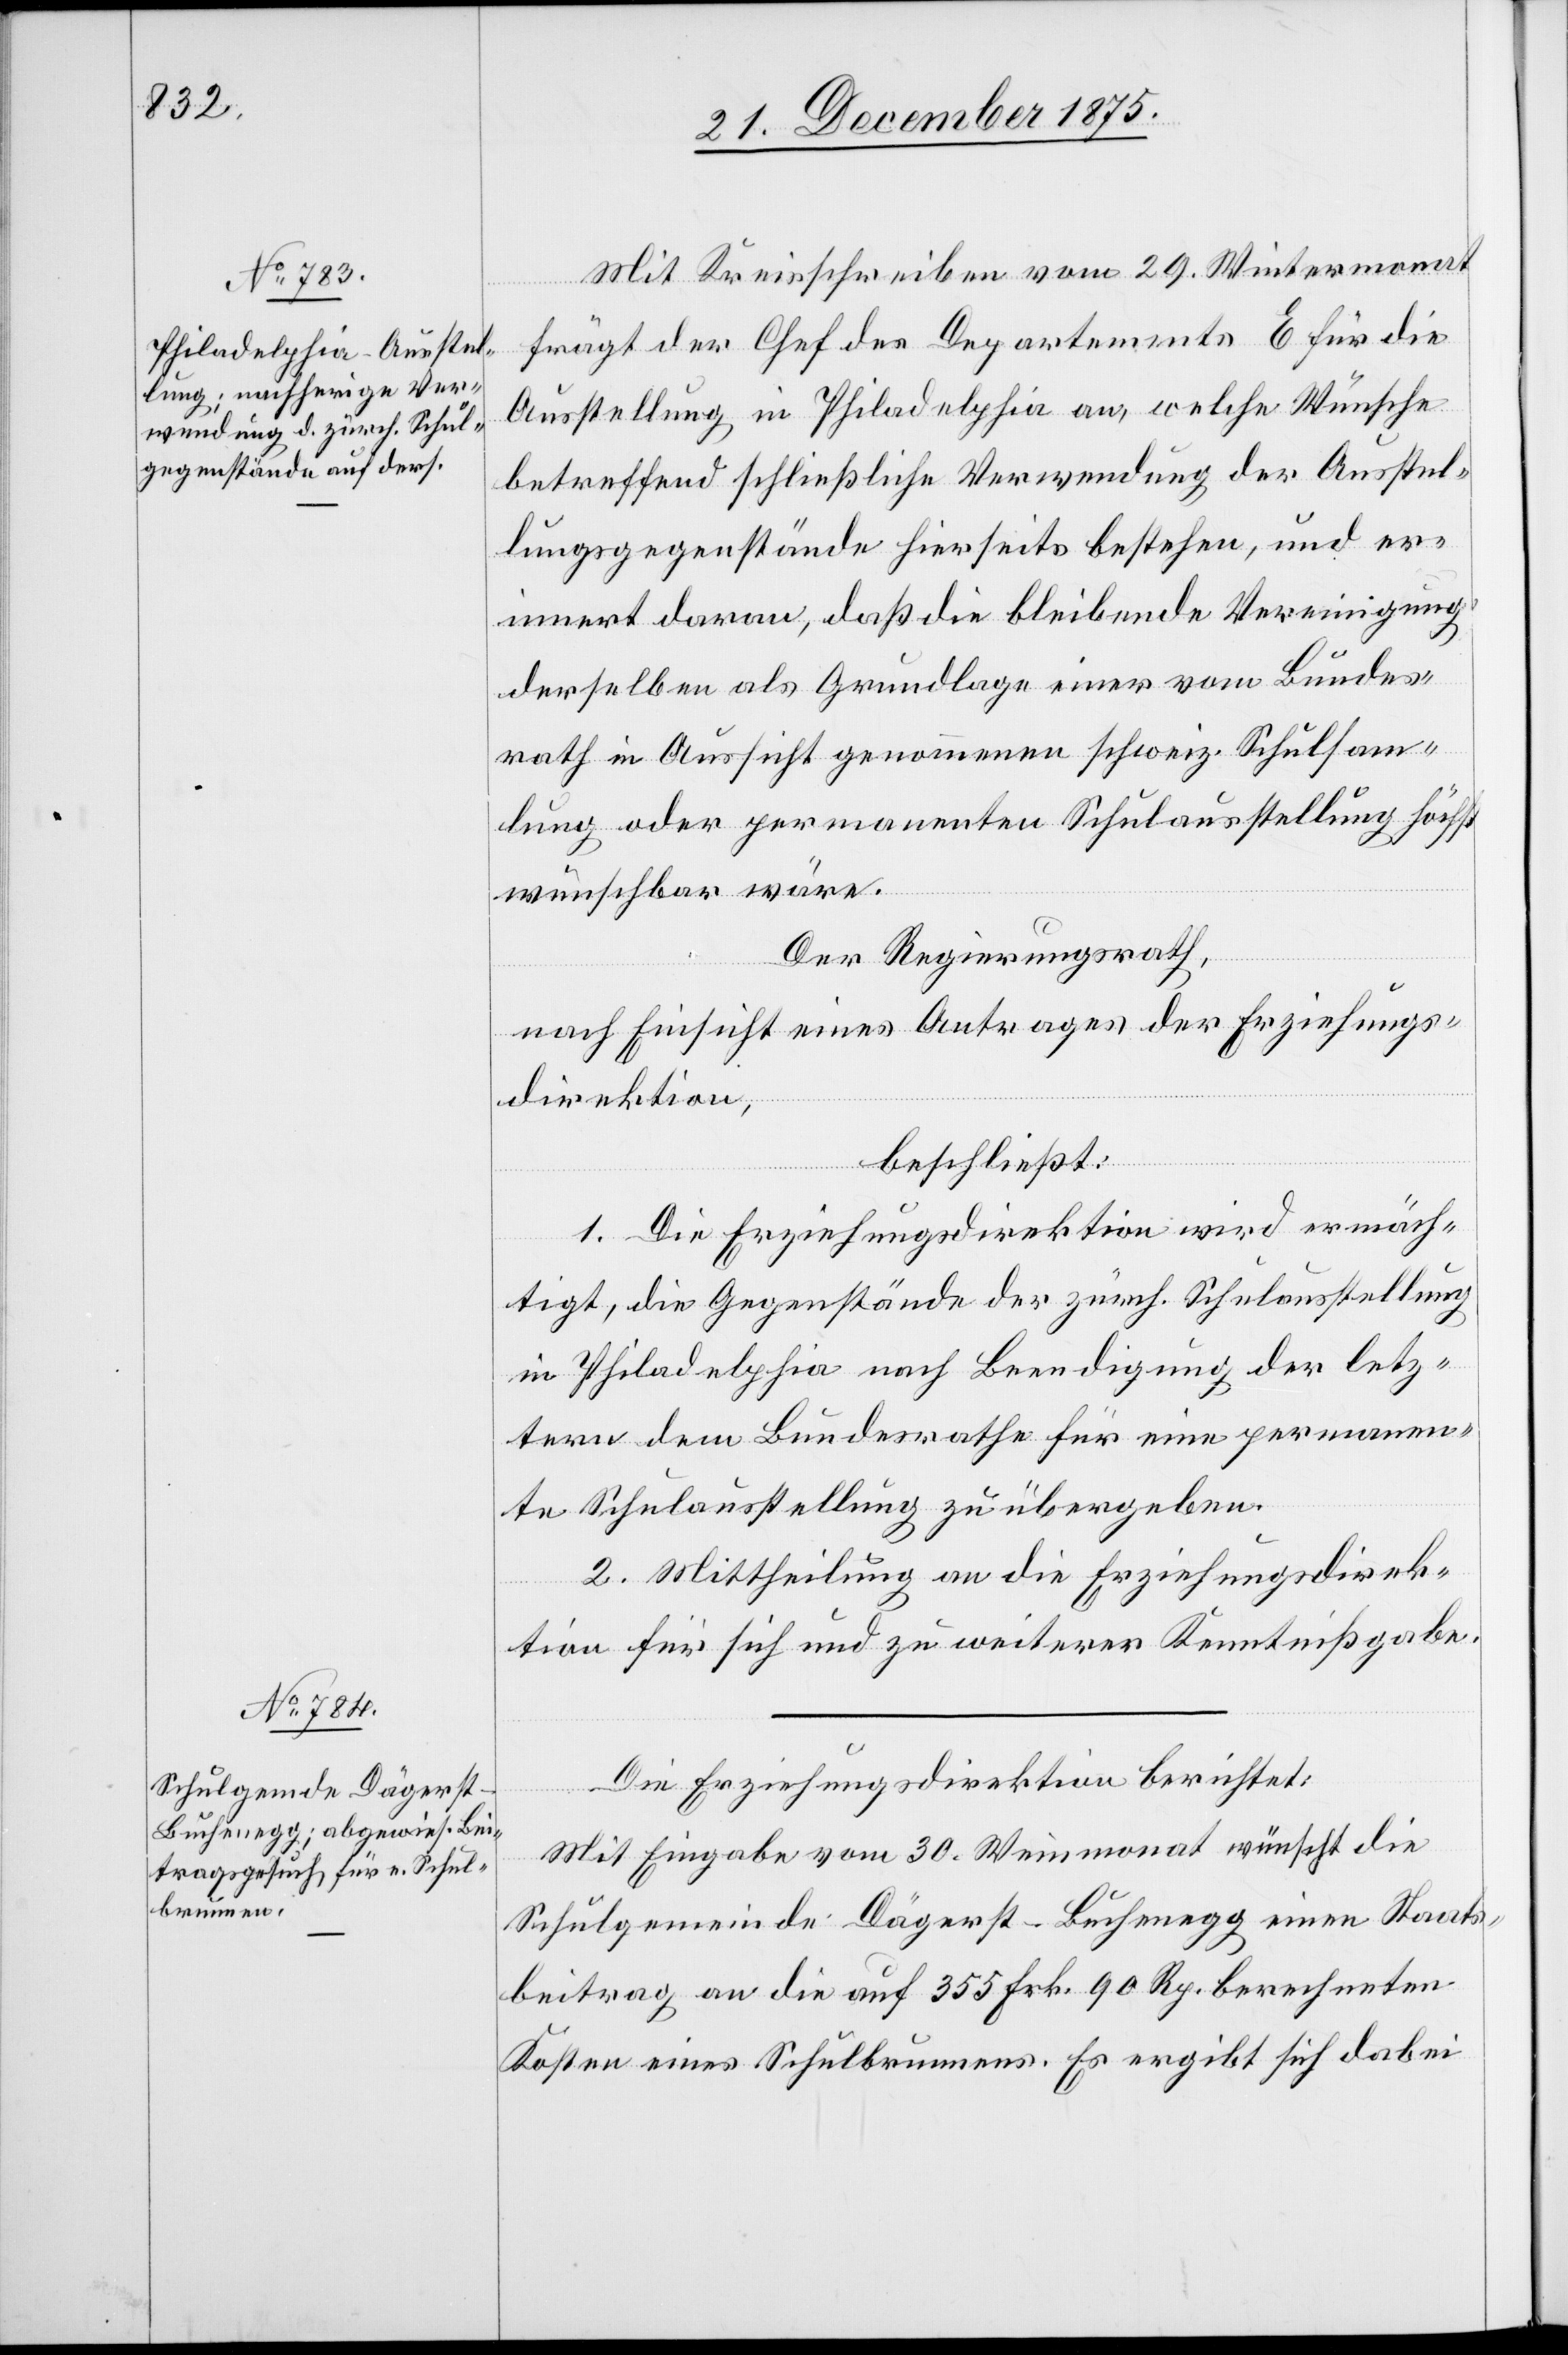
Mit Kreisschreiben vom 29. Wintermonat
frägt der Chef des Departements E für die
Ausstellung in Philadelphia an, welche Wünsche
betreffend schließliche Verwendung der Ausstel¬
lungsgegenstände hierseits bestehen, und er¬
innert daran, daß die bleibende Vereinigung
derselben als Grundlage einer vom Bundes¬
rath in Aussicht genommenen schweiz. Schulsamm¬
lung oder permanenter Schulausstellung höchst
wünschbar wäre.
Der Regierungsrath,
nach Einsicht eines Antrages der Erziehungs¬
direktion,
beschließt:
1. Die Erziehungsdirektion wird ermäch¬
tigt, die Gegenstände der zürch. Schulausstellung
in Philadelphia nach Beendigung der letz¬
tern dem Bundesrathe für eine permanen¬
te Schulausstellung zu übergeben.
2. Mittheilung an die Erziehungsdirek¬
tion für sich und zu weiterer Kenntnißgabe.
Die Erziehungsdirektion berichtet:
Mit Eingabe vom 30. Weinmonat wünscht die
Schulgemeinde Dägerst - Buchenegg einen Staats¬
beitrag an die auf 355 Frk. 90 Rp. berechneten
Kosten eines Schulbrunnens. Es ergibt sich dabei